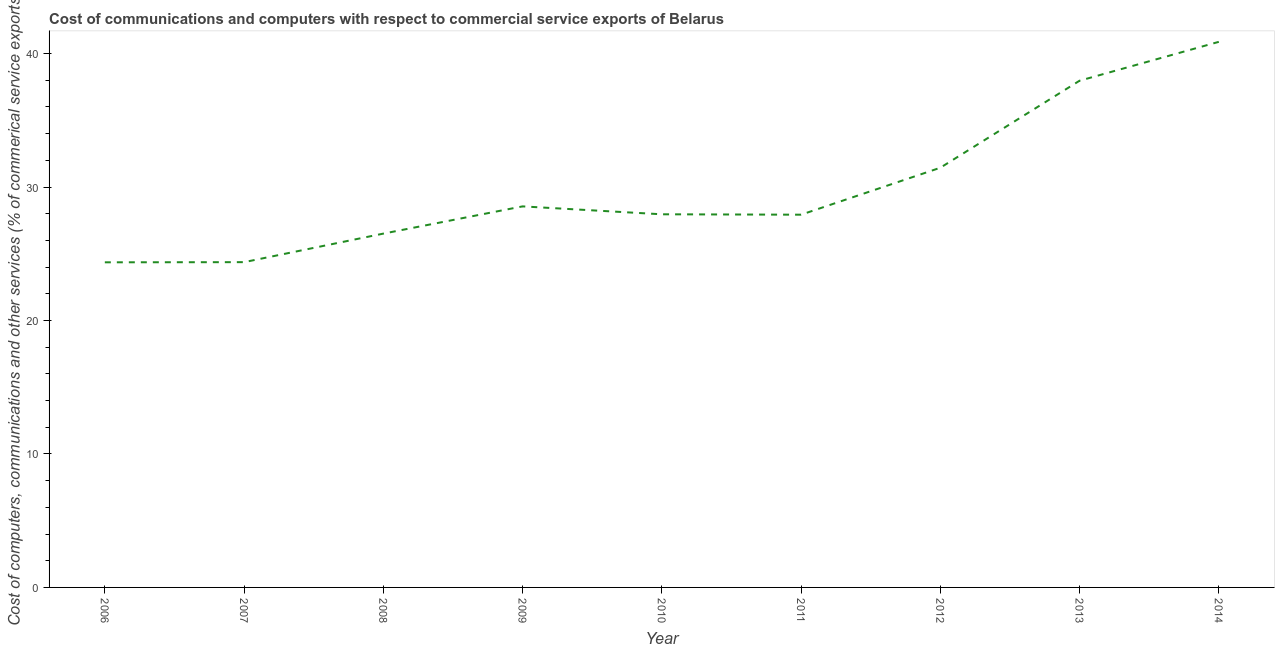
| Year | Computer |
 | --- | --- |
 | 2006 | 24.4 |
 | 2007 | 24.4 |
 | 2008 | 26.5 |
 | 2009 | 28.5 |
 | 2010 | 28 |
 | 2011 | 27.9 |
 | 2012 | 31.4 |
 | 2013 | 38 |
 | 2014 | 40.9 |